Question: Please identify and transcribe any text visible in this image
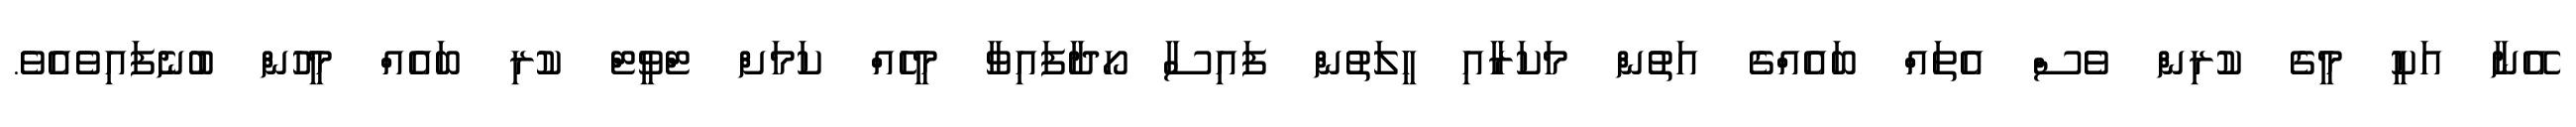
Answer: އޭނާ އަކީ މީގެ ކުރިން ވެސް އެތައް ބައެއްގެ އަތުން މަކަރާއި ހީލަތުން ފައިސާ ހޯދާފައިވާ މީހެއް ކަމަށް ޓްވީޓް ކުރި ބައެއް މީހުން ބުނެފައިވެއެވެ.